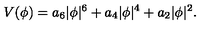
V ( \phi ) = a _ { 6 } | \phi | ^ { 6 } + a _ { 4 } | \phi | ^ { 4 } + a _ { 2 } | \phi | ^ { 2 } .